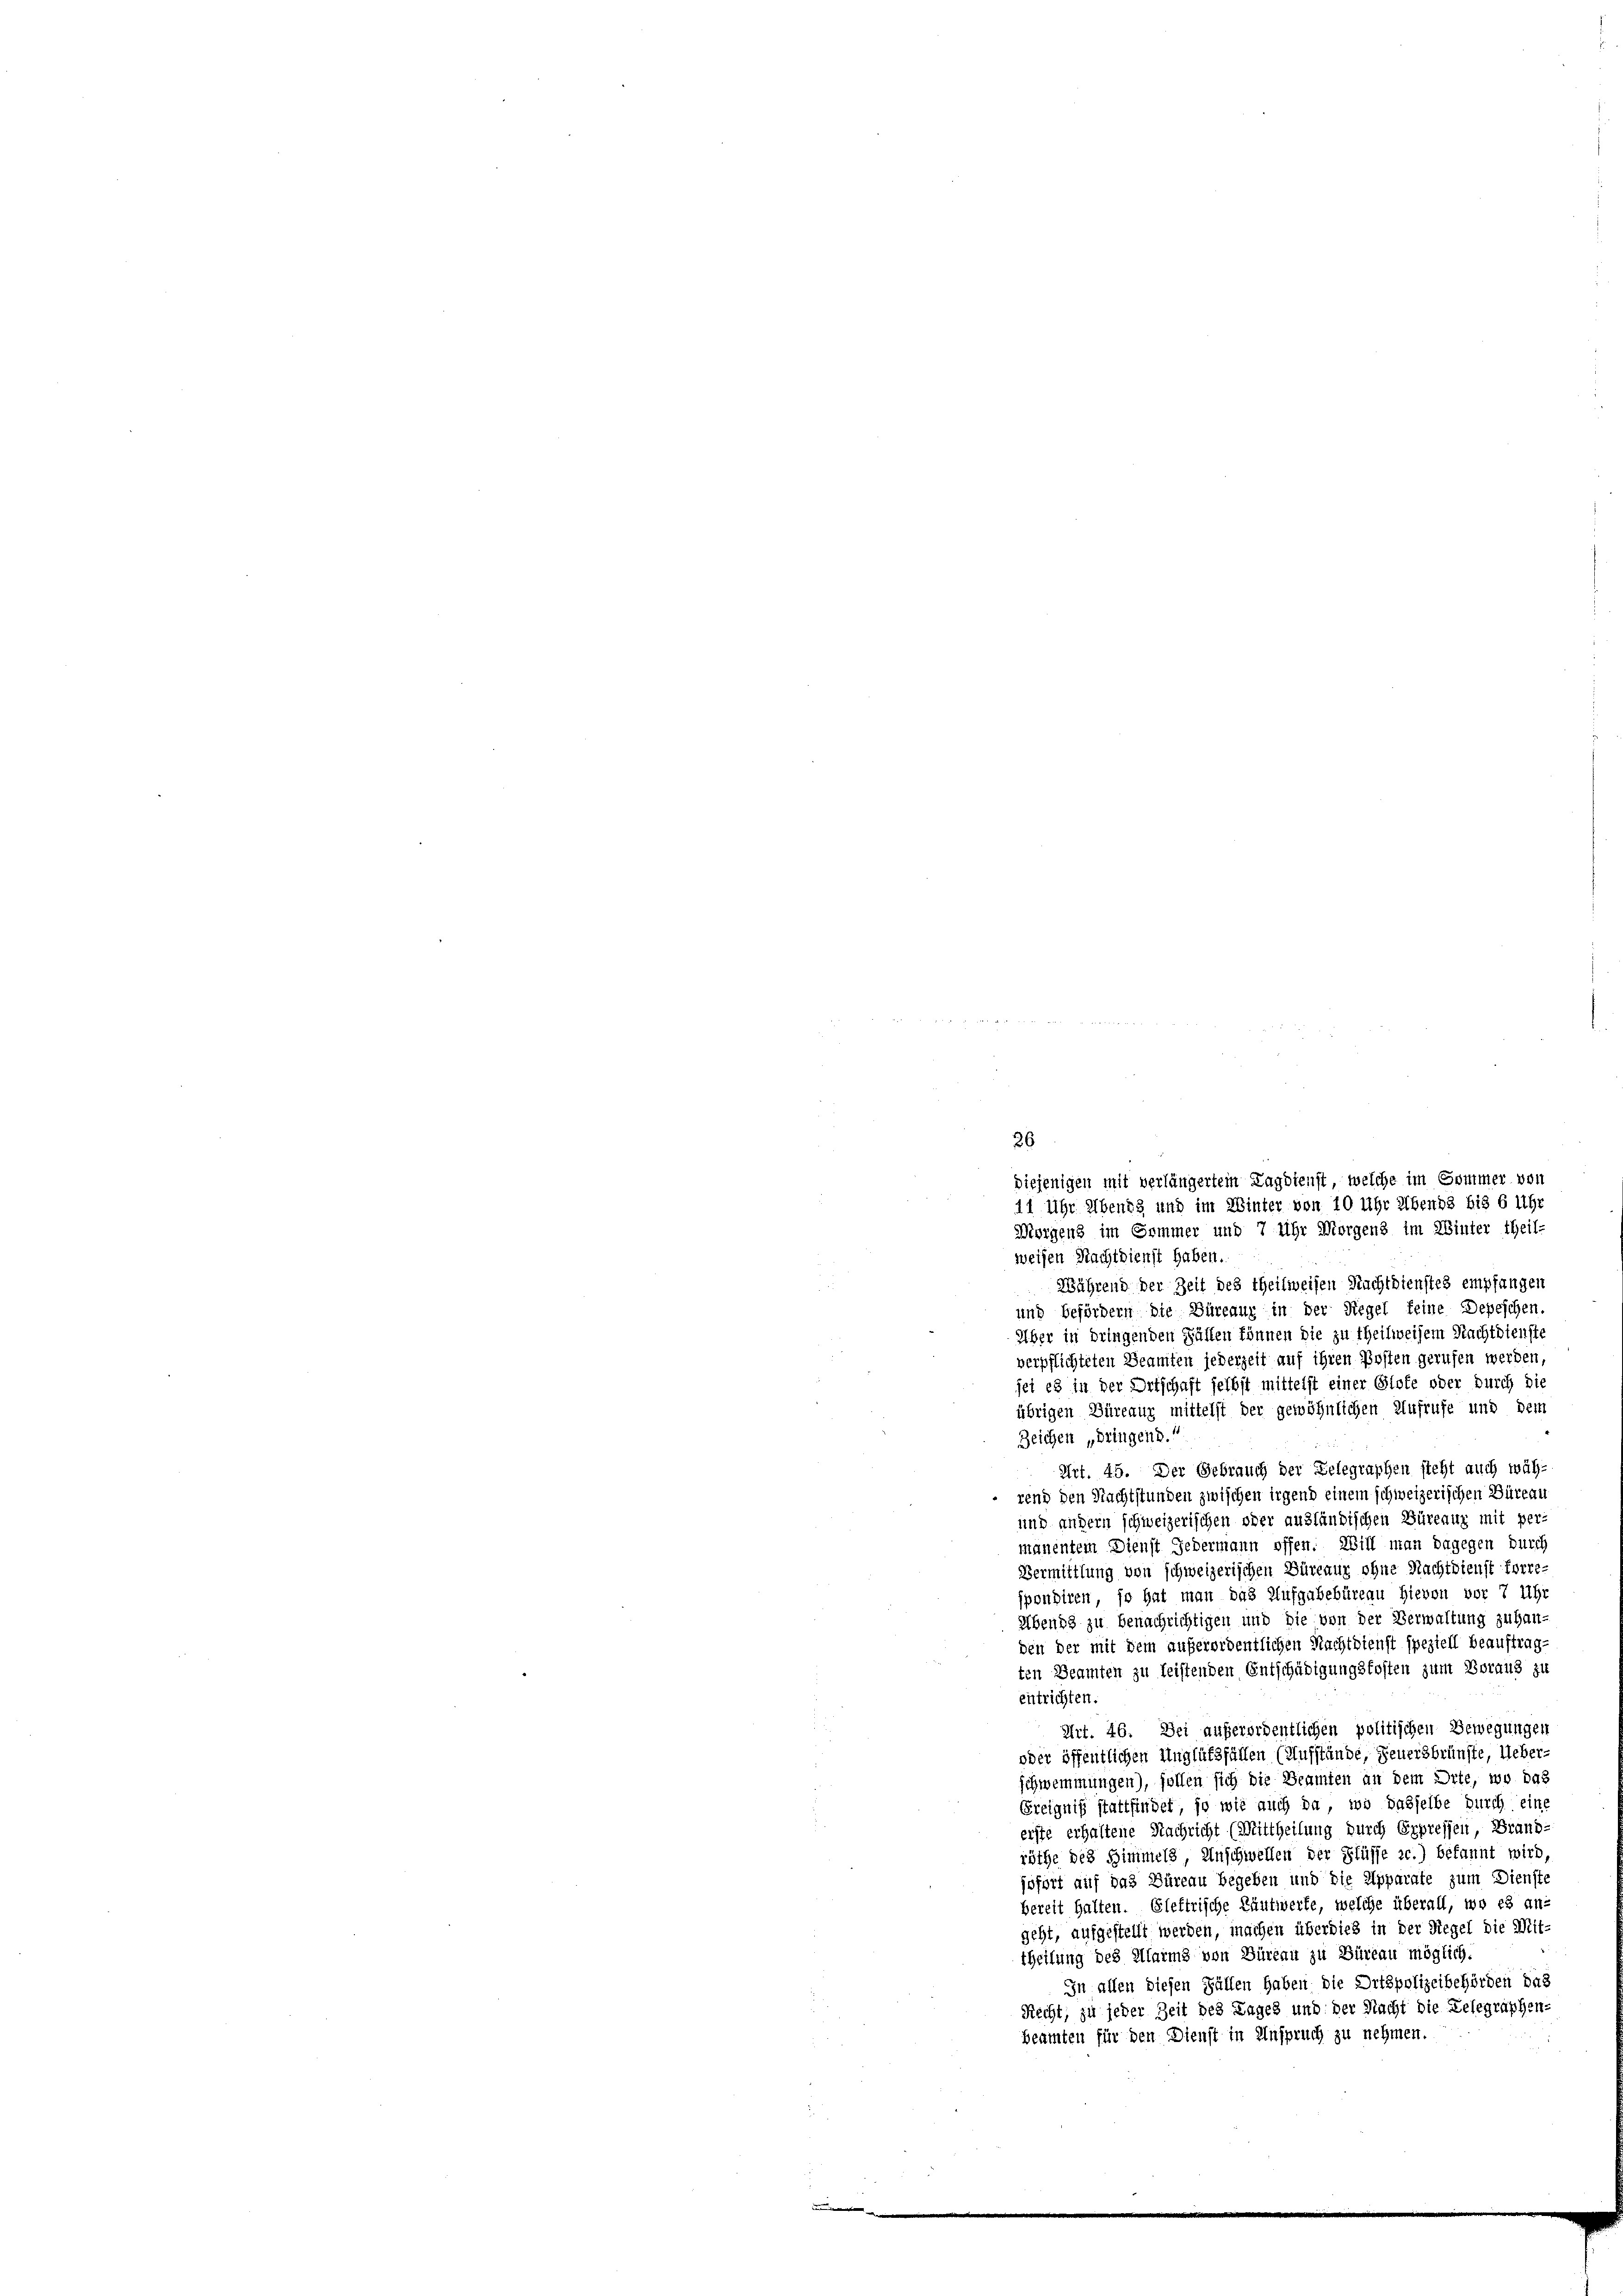
weisen Nachtdienst haben.
Während der Zeit des theilweisen Nachtdienstes empfangen
und befördern die Büreauz in der Regel feine Depeschen
Über in dringenden Fällen können die zu theilweisem Nachtdienste
verpflichteten Beamten jederzeit auf ihren Posten gerufen werden,
jet es in der Ortschaft selbst mittelst einer Glote oder durch die
übrigen Büreaux mittelst der gewöhnlichen Aufrufe und dem
Zeichen „Dringend.
Art. 45. Der Gebrauch der Delegraphen steht auch wäh-
 rend den Nachtstunden zwischen irgend einem schweizerischen Büreau
und andern schweizerischen oder ausländischen Bürenuz mit permänentem Dienst Jedermann offen. Will man dagegen durch
Vermittlung von schweizerischen Büreaux ohne Nachtdienst Forre-
spondiren, so hat man das Aufgabebüreau hievon vor 7 Uhr
Abends zu benachrichtigen und die von der Verwaltung zu han-
den der mit dem außerordentlichen Nachtdienst speziell beauftragten Beamten zu leistenden Entschädigungskosten zum Voraus zu
entrichten.
Art. 46. Dei außerordentlichen politischen Bewegungen
oder öffentlichen Unglüksfällen (Aufstände, Feuersbrünste, Ueber-
schwemmungen), follen sich die Beamten an dem Orte, wo das
Ereigniß stattfindet, so wie auch da, wo dasselbe durch eine
erste erhaltene Nachricht (Mittheilung durch Erpressen, Brandröthe des Himmels Anschwellen der Flüsse c.) bekannt wird,
jofort auf das Büreau begeben und die Apparate zum Dienste
bereit halten. Gleftrische Käutwerte, welche überall, wo es an-
geht, aufgestellt werden, machen überdies in der Siegel die Mit-
theilung des Alarme von Büreau zu Büreau möglich.
In allen diesen Fällen haben die Ortspolizeibehörden das
Recht, zu jeder Zeit des Tages und der Nacht die Delegraphen-
Beamten für den Dienst in Anspruch zu nehmen.

26

diejenigen mit verlängertem Lagdienst, welche im Sommer von
11 Uhr Abends und im Winter von 10 Uhr Abends bis 6 Uhr
Wisigens im Sommer und 7 Uhr Morgens im Winter theil-